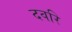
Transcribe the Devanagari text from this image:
दवरि